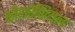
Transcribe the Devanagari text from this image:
कोंगरेशियल